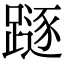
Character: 𨄃